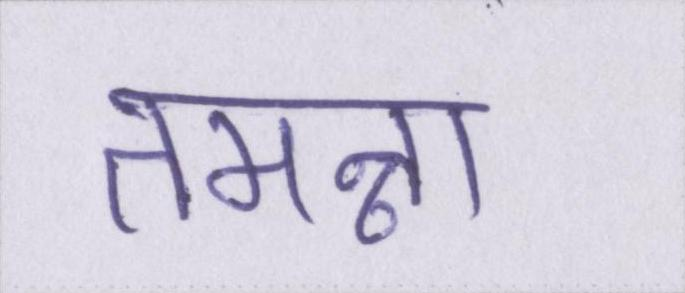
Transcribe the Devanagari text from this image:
तमन्ना